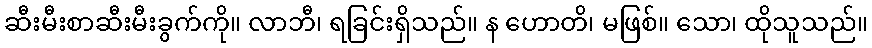
ဆီးမီးစာဆီးမီးခွက်ကို။ လာဘီ၊ ရခြင်းရှိသည်။ န ဟောတိ၊ မဖြစ်။ သော၊ ထိုသူသည်။